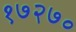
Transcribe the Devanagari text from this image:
१७२७०